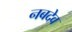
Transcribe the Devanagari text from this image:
नबदेव